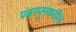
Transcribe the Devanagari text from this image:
पंढरपूरकडील